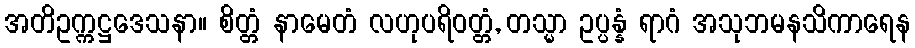
အတိဥက္ကဋ္ဌဒေသနာ။ စိတ္တံ နာမေတံ လဟုပရိဝတ္တံ, တသ္မာ ဥပ္ပန္နံ ရာဂံ အသုဘမနသိကာရေန